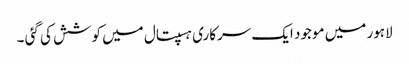
لاہور میں موجود ایک سرکاری ہسپتال میں کوشش کی گئی ۔